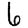
Digit: 6